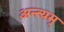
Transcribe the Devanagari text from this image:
अन्त्यम्